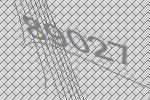
89027